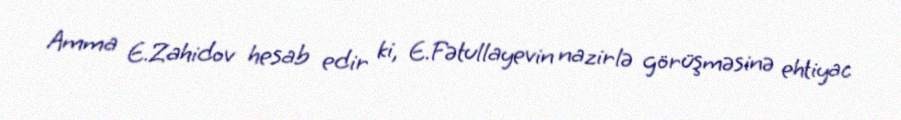
Amma E.Zahidov hesab edir ki, E.Fətullayevin nazirlə görüşməsinə ehtiyac